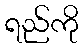
ရည်ကို